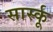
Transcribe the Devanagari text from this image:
सार्स्कू